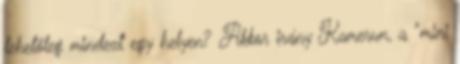
lehetőleg mindezt egy helyen? Akkor irány Kamerun, a "mini